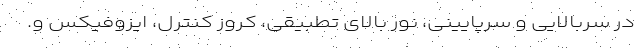
در سربالایی و سرپایینی، نور بالای تطبیقی، کروز کنترل، ایزوفیکس و.